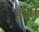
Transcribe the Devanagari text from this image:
हपने